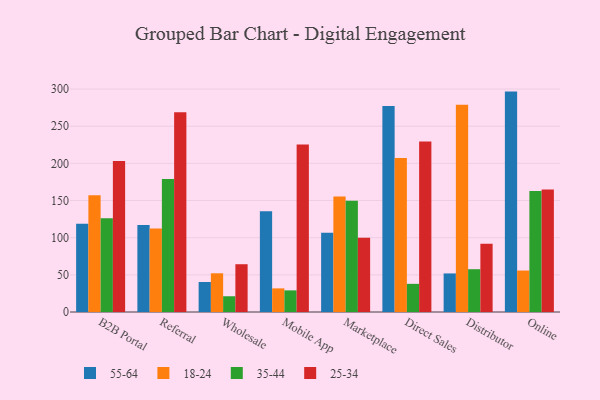
{"axis": {"x": "Channel", "y": "Operating Costs (USD K)"}, "legend": ["18-24", "25-34", "35-44", "55-64"], "data": [{"x": "B2B Portal", "y": 118.9, "type": "55-64"}, {"x": "B2B Portal", "y": 157.2, "type": "18-24"}, {"x": "B2B Portal", "y": 126.0, "type": "35-44"}, {"x": "B2B Portal", "y": 203.3, "type": "25-34"}, {"x": "Referral", "y": 117.1, "type": "55-64"}, {"x": "Referral", "y": 112.3, "type": "18-24"}, {"x": "Referral", "y": 178.9, "type": "35-44"}, {"x": "Referral", "y": 268.7, "type": "25-34"}, {"x": "Wholesale", "y": 40.4, "type": "55-64"}, {"x": "Wholesale", "y": 52.1, "type": "18-24"}, {"x": "Wholesale", "y": 21.2, "type": "35-44"}, {"x": "Wholesale", "y": 64.3, "type": "25-34"}, {"x": "Mobile App", "y": 135.6, "type": "55-64"}, {"x": "Mobile App", "y": 31.8, "type": "18-24"}, {"x": "Mobile App", "y": 29.1, "type": "35-44"}, {"x": "Mobile App", "y": 225.4, "type": "25-34"}, {"x": "Marketplace", "y": 106.5, "type": "55-64"}, {"x": "Marketplace", "y": 155.4, "type": "18-24"}, {"x": "Marketplace", "y": 149.6, "type": "35-44"}, {"x": "Marketplace", "y": 100.0, "type": "25-34"}, {"x": "Direct Sales", "y": 277.2, "type": "55-64"}, {"x": "Direct Sales", "y": 207.1, "type": "18-24"}, {"x": "Direct Sales", "y": 37.9, "type": "35-44"}, {"x": "Direct Sales", "y": 229.6, "type": "25-34"}, {"x": "Distributor", "y": 51.9, "type": "55-64"}, {"x": "Distributor", "y": 278.8, "type": "18-24"}, {"x": "Distributor", "y": 57.6, "type": "35-44"}, {"x": "Distributor", "y": 91.9, "type": "25-34"}, {"x": "Online", "y": 296.6, "type": "55-64"}, {"x": "Online", "y": 55.8, "type": "18-24"}, {"x": "Online", "y": 162.8, "type": "35-44"}, {"x": "Online", "y": 164.7, "type": "25-34"}]}